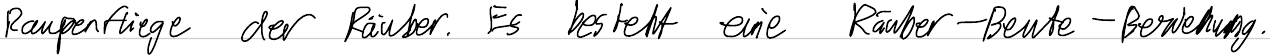
Raupenfliege der Räuber. Es besteht eine Räuber-Beute-Beziehung.